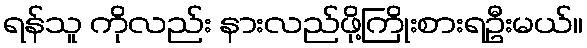
ရန်သူ ကိုလည်း နားလည်ဖို့ကြိုးစားရဦးမယ်။